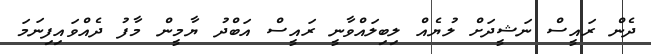
ދެން ރައީސް ނަޝީދަށް ލުޔެއް ލިބިލައްވާނީ ރައީސް އަބްދު ޔާމީން މާފު ދެއްވައިފިނަމަ